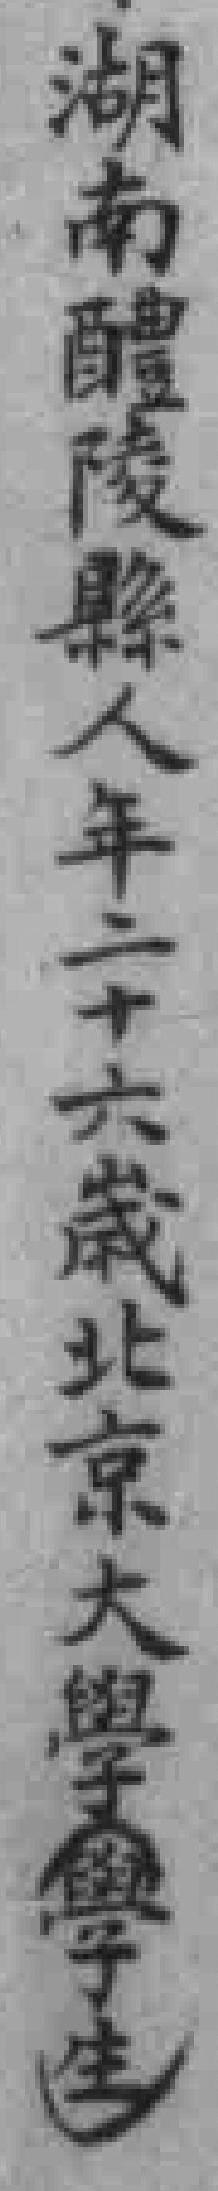
湖南醴陵縣人年二十六歲北京大學（學生）